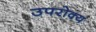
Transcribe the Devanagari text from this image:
उपरोक्य